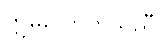
ဣဓလောကသညီ